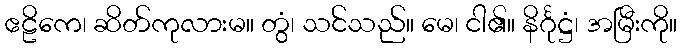
ဧဠိကေ၊ ဆိတ်ကုလားမ။ တွံ၊ သင်သည်။ မေ၊ ငါ၏။ နိင်္ဂုဋ္ဌံ၊ အမြီးကို။